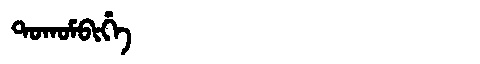
Manchu: ᡨᠣᡴᠣᠮᠪᡳᡥᡝ
Romanization: TOKOMBIHE